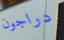
دراجون